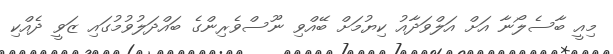
މިއީ ބާސެލޯނާ އަށް އަލްވަދާއު ކިޔުމަށް ބޭއްވި ނޫސްވެރިންގެ ބައްދަލުވުމުގައި ޒަވީ ދެއްކި